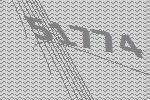
51774